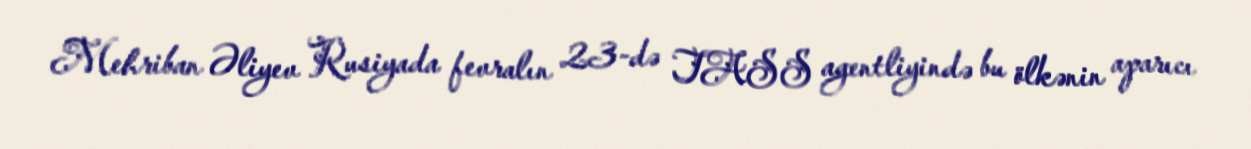
Mehriban Əliyev Rusiyada fevralın 23-də TASS agentliyində bu ölkənin aparıcı